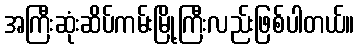
အကြီးဆုံးဆိပ်ကမ်းမြို့ကြီးလည်းဖြစ်ပါတယ်။